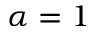
\alpha = 1